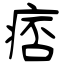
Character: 痞